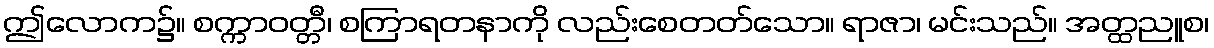
ဤလောက၌။ စက္ကာဝတ္တီ၊ စကြာရတနာကို လည်းစေတတ်သော။ ရာဇာ၊ မင်းသည်။ အတ္ထညူစ၊